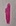
Text: 1